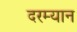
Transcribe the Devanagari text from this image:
दरम्‍यान